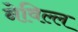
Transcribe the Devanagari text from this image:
नेविल्ल